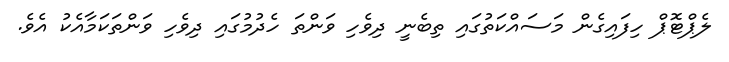
ލެޕްޓޮޕް ހިފައިގެން މަސައްކަތުގައި ތިބެނީ ދިވެހި ވަންތަ ހެދުމުގައި ދިވެހި ވަންތަކަމާއެކު އެވެ.